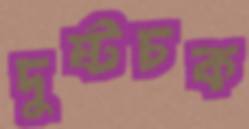
দুষ্টচক